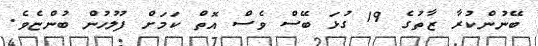
ބޭނުންކުރާ ޒާތުގެ 19 ގުޅަ ބޭސް ވެސް އޮތް ކަމަށް ފުލުހުން ބުންޏެވެ.